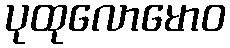
ပုထုလောမောဝ